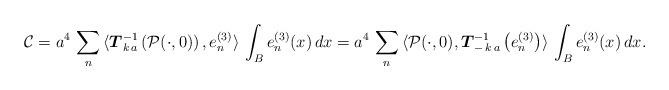
\begin{align*}\mathcal{C} = a^{4} \, \sum_{n} \, \langle \boldsymbol{T}_{k \, a}^{-1}\left( \mathcal{P}(\cdot,0)\right) , e^{(3)}_{n}\rangle \, \int_{B} e^{(3)}_{n}(x) \, dx = a^{4} \, \sum_{n} \, \langle \mathcal{P}(\cdot,0), \boldsymbol{T}_{- \, k \, a}^{-1}\left(e^{(3)}_{n}\right)\rangle \, \int_{B} e^{(3)}_{n}(x) \, dx.\end{align*}